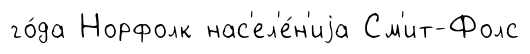
го́да Норфолк нас'ел'е́н'иjа См'ит-Фолс